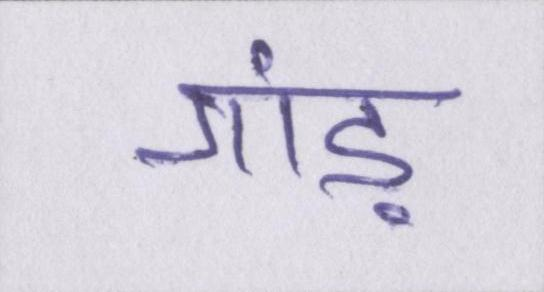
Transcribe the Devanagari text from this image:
गांड़